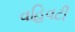
વહિવટી